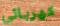
كهربائي